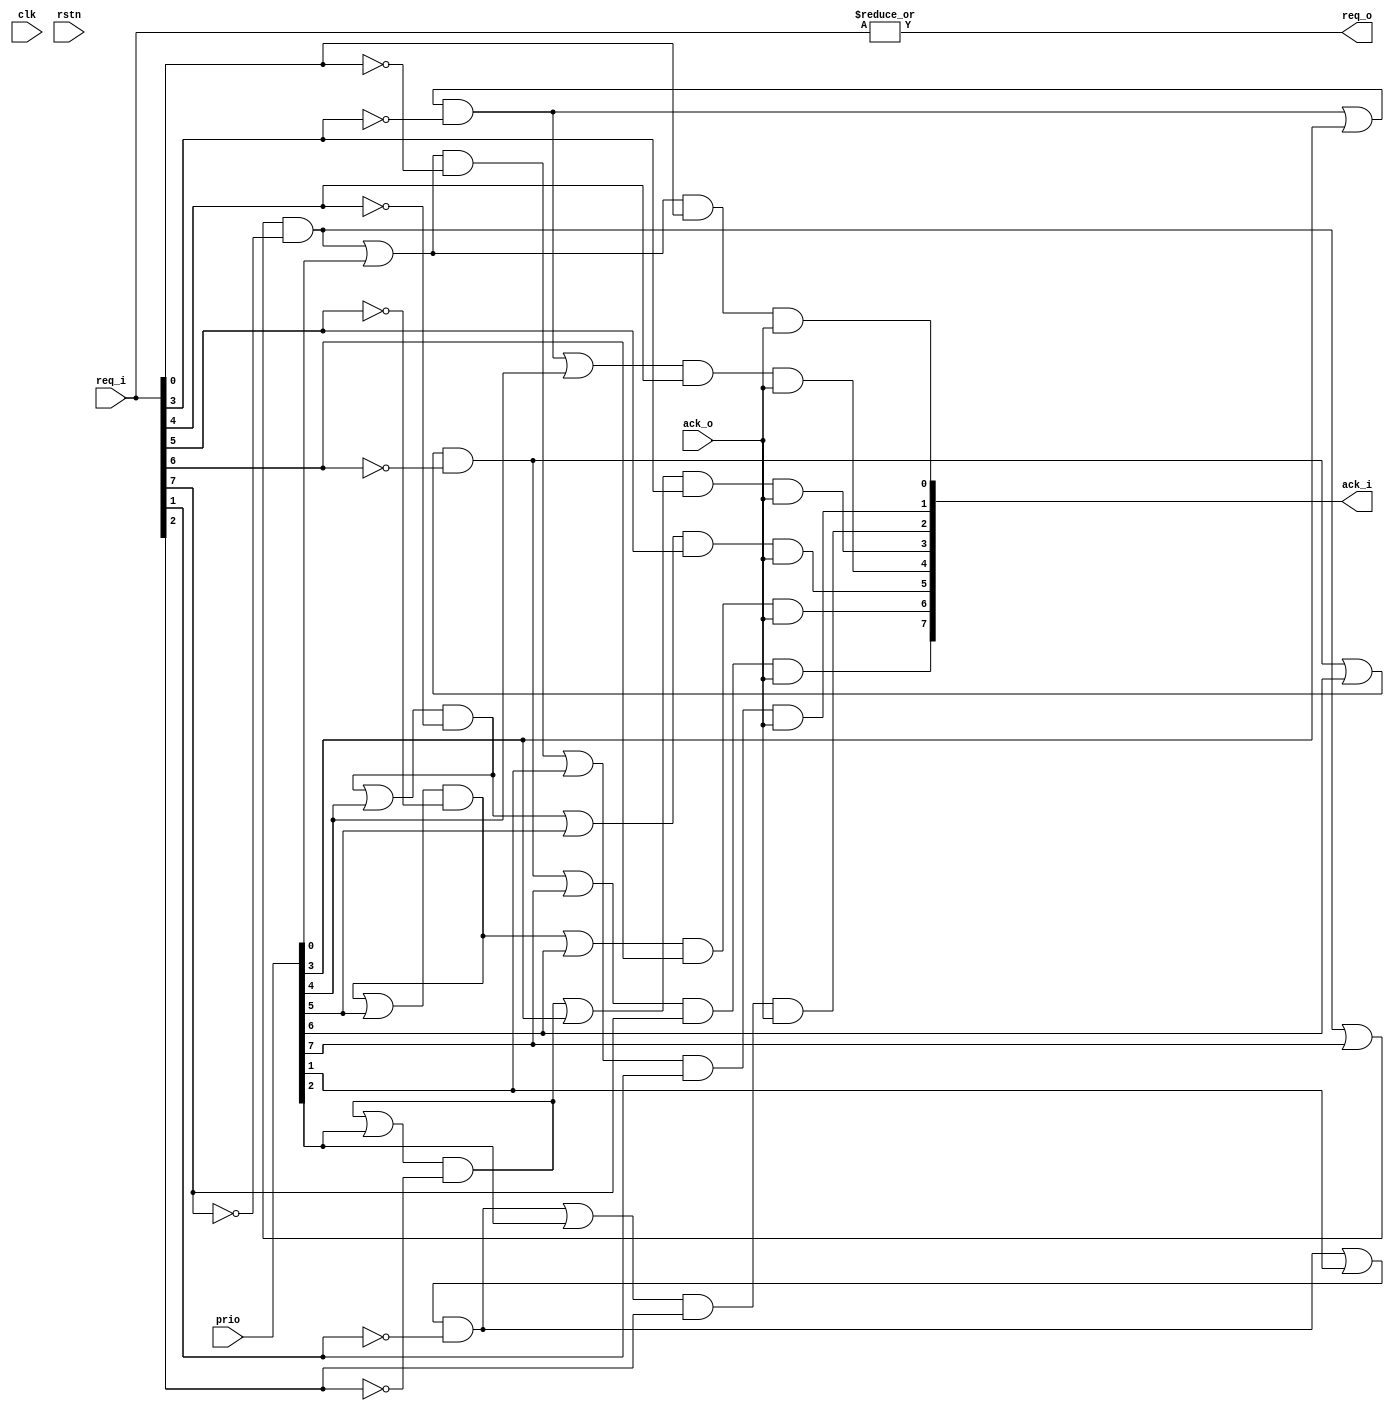
module ArbPriority #(parameter N=8)
(
    input clk,rstn,
    input [N-1:0] req_i,
    input [N-1:0] prio,
    output [N-1:0] ack_i,
    output req_o,
    input ack_o
);
    genvar i;
    wire token[N-1:0];

    assign req_o = |req_i;
    generate
        for (i = 0; i<N; i=i+1) begin
            if(i==0)begin
              assign ack_i[0]=(token[N-1]|prio[0])&req_i[0]&ack_o;
              assign token[0]=(token[N-1]|prio[0])&~req_i[0];
              
            end
            else begin
                assign ack_i[i]=(token[i-1]|prio[i])&req_i[i]&ack_o;
                assign token[i]=(token[i]|prio[i])&~req_i[i];
            end
        end
    endgenerate
endmodule //5B-13_ArbPriority